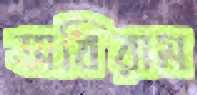
অধিরাম